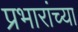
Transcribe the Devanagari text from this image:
प्रभारांच्या